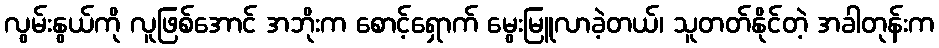
လွမ်းနွယ်ကို လူဖြစ်အောင် အဘိုးက စောင့်ရှောက် မွေးမြူလာခဲ့တယ်၊ သူတတ်နိုင်တဲ့ အခါတုန်းက